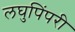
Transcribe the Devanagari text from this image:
लघुपिंपरी